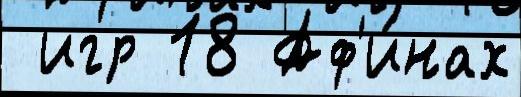
 игр 18 Аф'и́нах